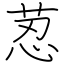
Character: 荵